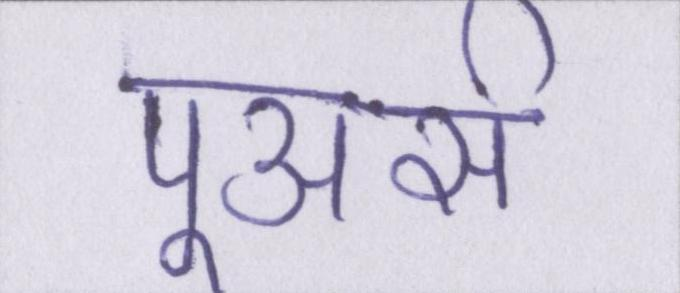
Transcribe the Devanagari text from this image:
पूअर्स